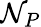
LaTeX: \mathcal{N}_{P}